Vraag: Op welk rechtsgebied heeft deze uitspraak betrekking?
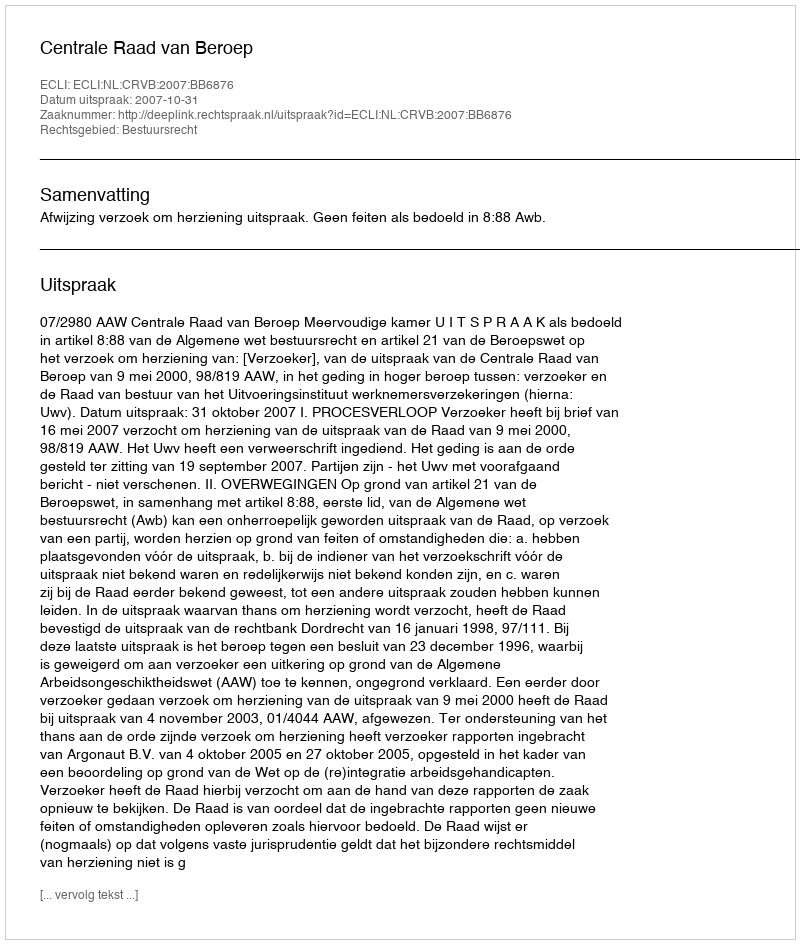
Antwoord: Bestuursrecht